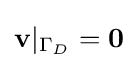
\mathbf {v} |_{\Gamma _{D}}=\mathbf {0}